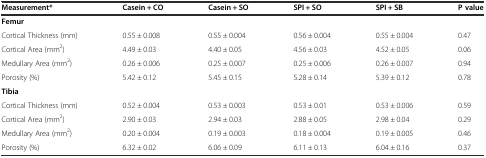
| Measurement* | Casein + CO | Casein + SO | SPI + SO | SPI + SB | P value |
 | --- | --- | --- | --- | --- | --- |
 | Femur |  |  |  |  |  |
 | Cortical Thickness (mm) | 0.55 ± 0.008 | 0.55 ± 0.004 | 0.56 ± 0.004 | 0.55 ± 0.004 | 0.47 |
 | Cortical Area (mm2) | 4.49 ± 0.03 | 4.40 ± 0.05 | 4.56 ± 0.03 | 4.52 ± 0.05 | 0.06 |
 | Medullary Area (mm2) | 0.26 ± 0.006 | 0.25 ± 0.007 | 0.25 ± 0.006 | 0.26 ± 0.007 | 0.94 |
 | Porosity (%) | 5.42 ± 0.12 | 5.45 ± 0.15 | 5.28 ± 0.14 | 5.39 ± 0.12 | 0.78 |
 | Tibia |  |  |  |  |  |
 | Cortical Thickness (mm) | 0.52 ± 0.004 | 0.53 ± 0.003 | 0.53 ± 0.01 | 0.53 ± 0.006 | 0.59 |
 | Cortical Area (mm2) | 2.90 ± 0.03 | 2.94 ± 0.03 | 2.88 ± 0.05 | 2.98 ± 0.04 | 0.29 |
 | Medullary Area (mm2) | 0.20 ± 0.004 | 0.19 ± 0.003 | 0.18 ± 0.004 | 0.19 ± 0.005 | 0.46 |
 | Porosity (%) | 6.32 ± 0.02 | 6.06 ± 0.09 | 6.11 ± 0.13 | 6.04 ± 0.16 | 0.37 |